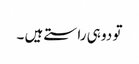
تو دو ہی راستے ہیں ۔